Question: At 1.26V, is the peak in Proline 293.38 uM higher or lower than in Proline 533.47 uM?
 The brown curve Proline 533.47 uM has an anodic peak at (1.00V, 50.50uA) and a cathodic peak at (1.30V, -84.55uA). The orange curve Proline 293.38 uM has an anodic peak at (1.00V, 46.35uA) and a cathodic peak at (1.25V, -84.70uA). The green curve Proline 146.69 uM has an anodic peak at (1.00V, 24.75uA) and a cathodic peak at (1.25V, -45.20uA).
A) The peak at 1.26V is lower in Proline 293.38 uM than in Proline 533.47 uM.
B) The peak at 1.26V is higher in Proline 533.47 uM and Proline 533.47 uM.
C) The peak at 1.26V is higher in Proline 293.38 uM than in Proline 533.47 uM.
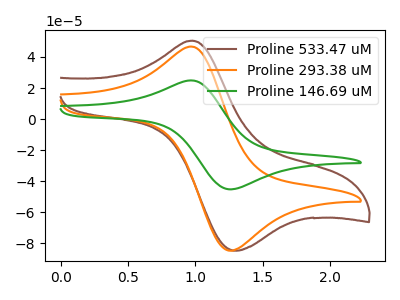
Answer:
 <answer>C) The peak at 1.26V is higher in "Proline 293.38 uM" than in "Proline 533.47 uM".</answer>
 <eval>C</eval>